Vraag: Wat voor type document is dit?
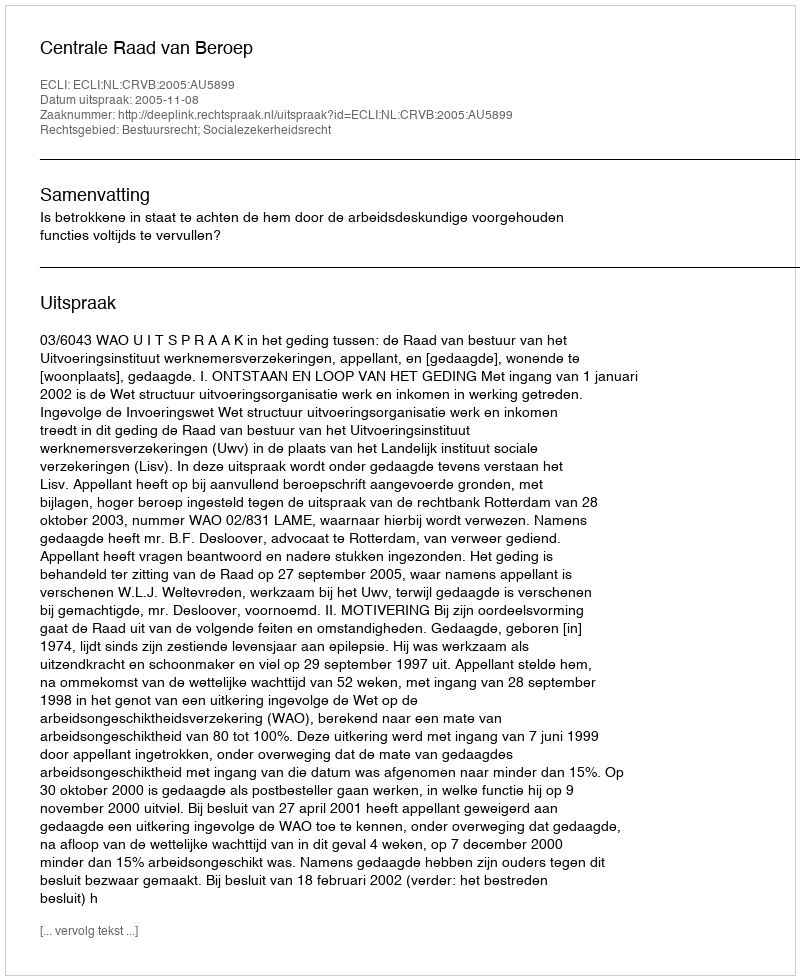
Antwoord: Uitspraak